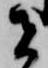
者